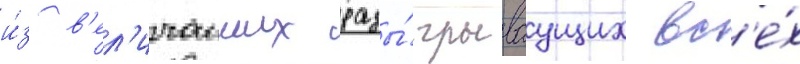
и́з в'ел'ичаиших разы́грываущих вс'е́х